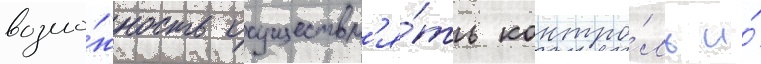
возмо́жность осуществл'я́ть контро́ль и́